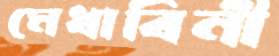
মেধাবিনী